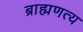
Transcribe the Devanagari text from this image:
ब्राह्मणत्य